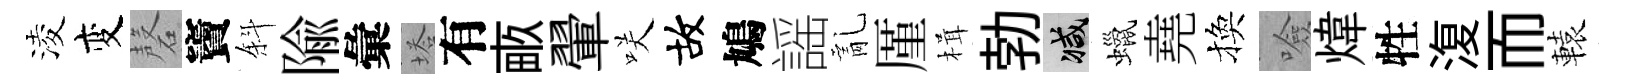
淩变磬竇斜隃彙塔有畞翬咲故鳩謡亂厪楫勃减蠟堯換噞煒牲𣸪而轅